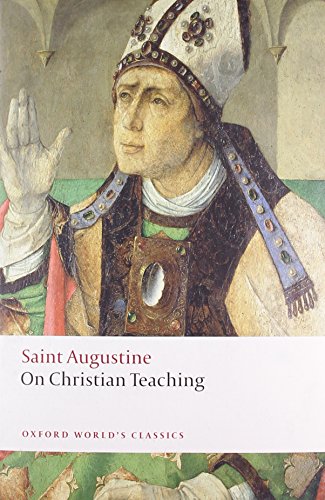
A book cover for On Christian Teaching (Oxford World's Classics); St Augustine; Literature & Fiction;